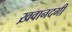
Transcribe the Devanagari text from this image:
ख़वानदगी